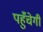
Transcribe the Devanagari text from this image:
पहुँचेगी